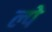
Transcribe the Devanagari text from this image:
ल्पे